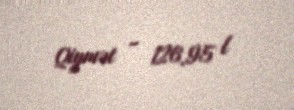
Qiymət - 126,95 l